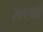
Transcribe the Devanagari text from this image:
२०११को